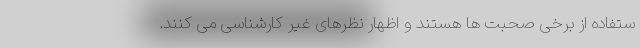
ستفاده از برخی صحبت ها هستند و اظهار نظرهای غیر کارشناسی می کنند.